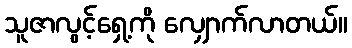
သူဇာလွင့်ရှေ့ကို လျှောက်လာတယ်။